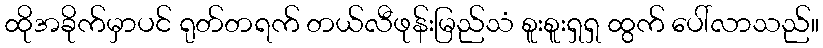
ထိုအခိုက်မှာပင် ရုတ်တရက် တယ်လီဖုန်းမြည်သံ စူးစူးရှရှ ထွက် ပေါ်လာသည်။